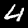
Digit: 4